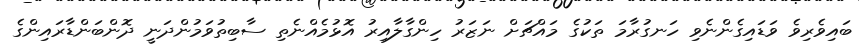
ބައިވެރިވެ ވަޑައިގެންނެވި ހަނގުރާމަ ތަކުގެ މައްޗަށް ނަޒަރު ހިންގާލާއިރު އޮޅުމެއްނެތި ސާބިތުވަމުންދަނީ ދޮންބަންޑާރައިންގެ